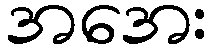
အအေး